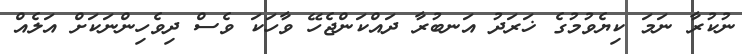
ނުކުރާ ނަމަ ކިޔެވުމުގެ ޚަރަދު އަނބުރާ ދައްކަންޖެހޭ ވާހަކަ ވެސް ދިވެހިންނަކަށް އަލެއް